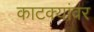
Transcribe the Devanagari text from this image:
काटक्यांवर